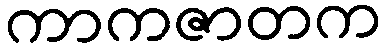
ကာကဇာတက